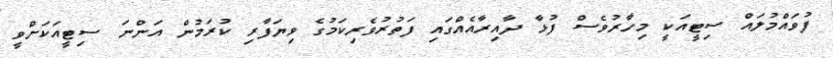
ފުވައްމުލައް ސިޓީއަކީ މިހާރުވެސް ފުޅާ ދާއިރާއެއްގައި ފަތުރުވެރިކަމުގެ ވިޔަފާރި ކުރަމުން އަންނަ ސިޓީއަކަށްވީ